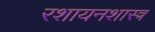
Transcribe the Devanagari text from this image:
रशायनशास्त्र